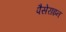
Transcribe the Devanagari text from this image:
पैसेराइन